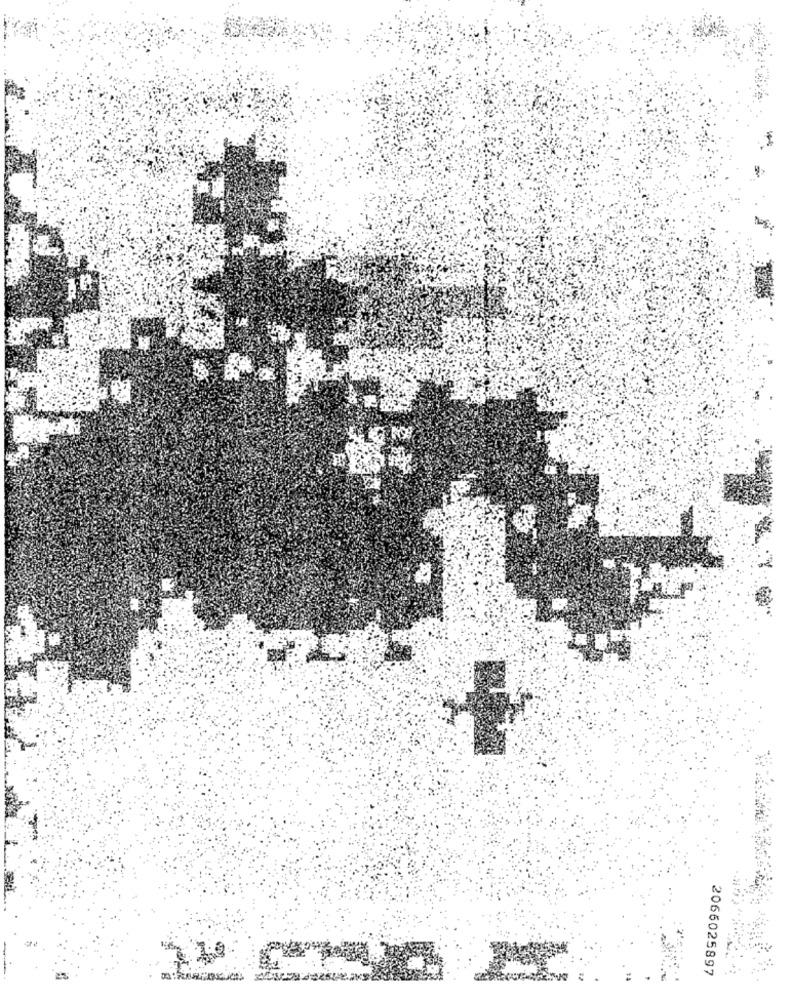
2066025897